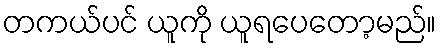
တကယ်ပင် ယူကို ယူရပေတော့မည်။